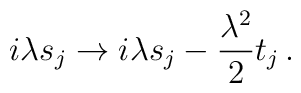
i\lambda s_j \to i\lambda s_j - \frac{\lambda^2}{2} t_j \,.